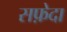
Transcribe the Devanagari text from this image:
सफ़ेदा